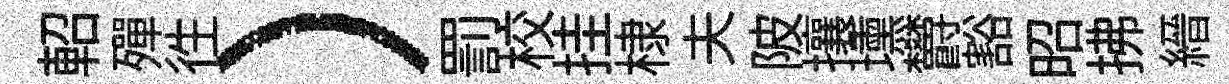
軺殫徃）罰校挂棣夫陂攘壎欝豁昭拂縉